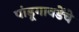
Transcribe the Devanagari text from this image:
पांडूगावडेंचे